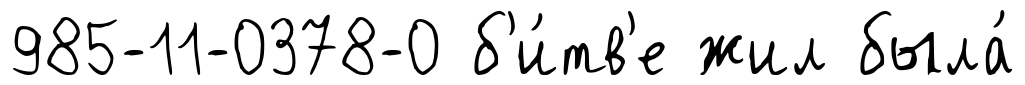
985-11-0378-0 б'и́тв'е жил была́